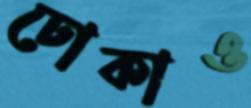
ঢোকাও